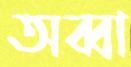
অব্বা